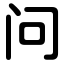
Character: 问